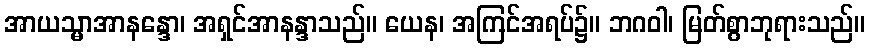
အာယသ္မာအာနန္ဒော၊ အရှင်အာနန္ဒာသည်။ ယေန၊ အကြင်အရပ်၌။ ဘဂဝါ၊ မြတ်စွာဘုရားသည်။